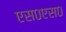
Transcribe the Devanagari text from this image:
एस०एस०